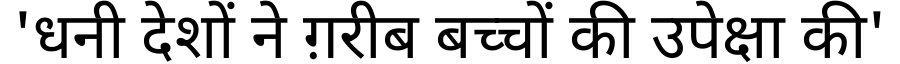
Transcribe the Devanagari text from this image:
'धनी देशों ने ग़रीब बच्चों की उपेक्षा की'